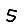
Digit: 5